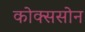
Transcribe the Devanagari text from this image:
कोक्ससोन